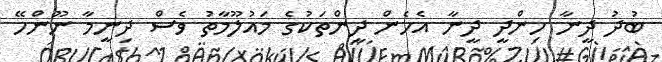
ބުދު ދީނާ ހިންދީ ދީނާ އެހެން ދީންތަކުގެ މައުލޫމާތު ވެސް ދިނީމާ ނޫންހޭ